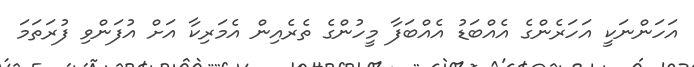
އަހަންނަކީ އަހަރެންގެ އެއްބަޑު އެއްބަފާ މީހުންގެ ތެރެއިން އެމަރިކާ އަށް އުފަންވި ފުރަތަމަ